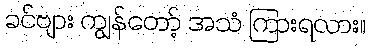
ခင်ဗျား ကျွန်တော့် အသံ ကြားရလား။